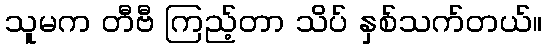
သူမက တီဗီ ကြည့်တာ သိပ် နှစ်သက်တယ်။